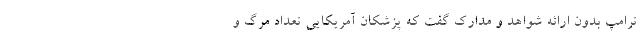
ترامپ بدون ارائه شواهد و مدارک گفت که پزشکان آمریکایی تعداد مرگ و